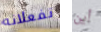
تفعلانه أين